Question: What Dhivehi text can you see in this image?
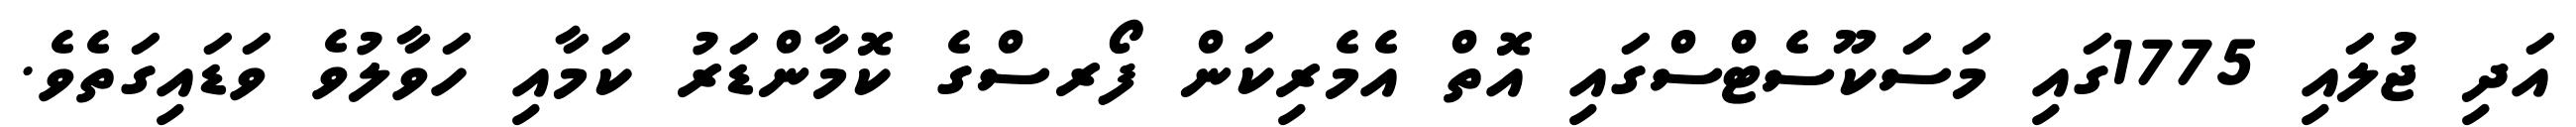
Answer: އަދި ޖުލައި 1775ގައި މަސަކޫސެޓްސްގައި އޮތް އެމެރިކަން ފޯރސްގެ ކޮމާންޑަރު ކަމާއި ހަވާލުވެ ވަޑައިގަތެވެ.